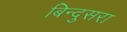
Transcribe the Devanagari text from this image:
बिन्दुसरा